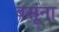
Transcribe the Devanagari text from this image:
बसूंना